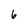
Character: 6